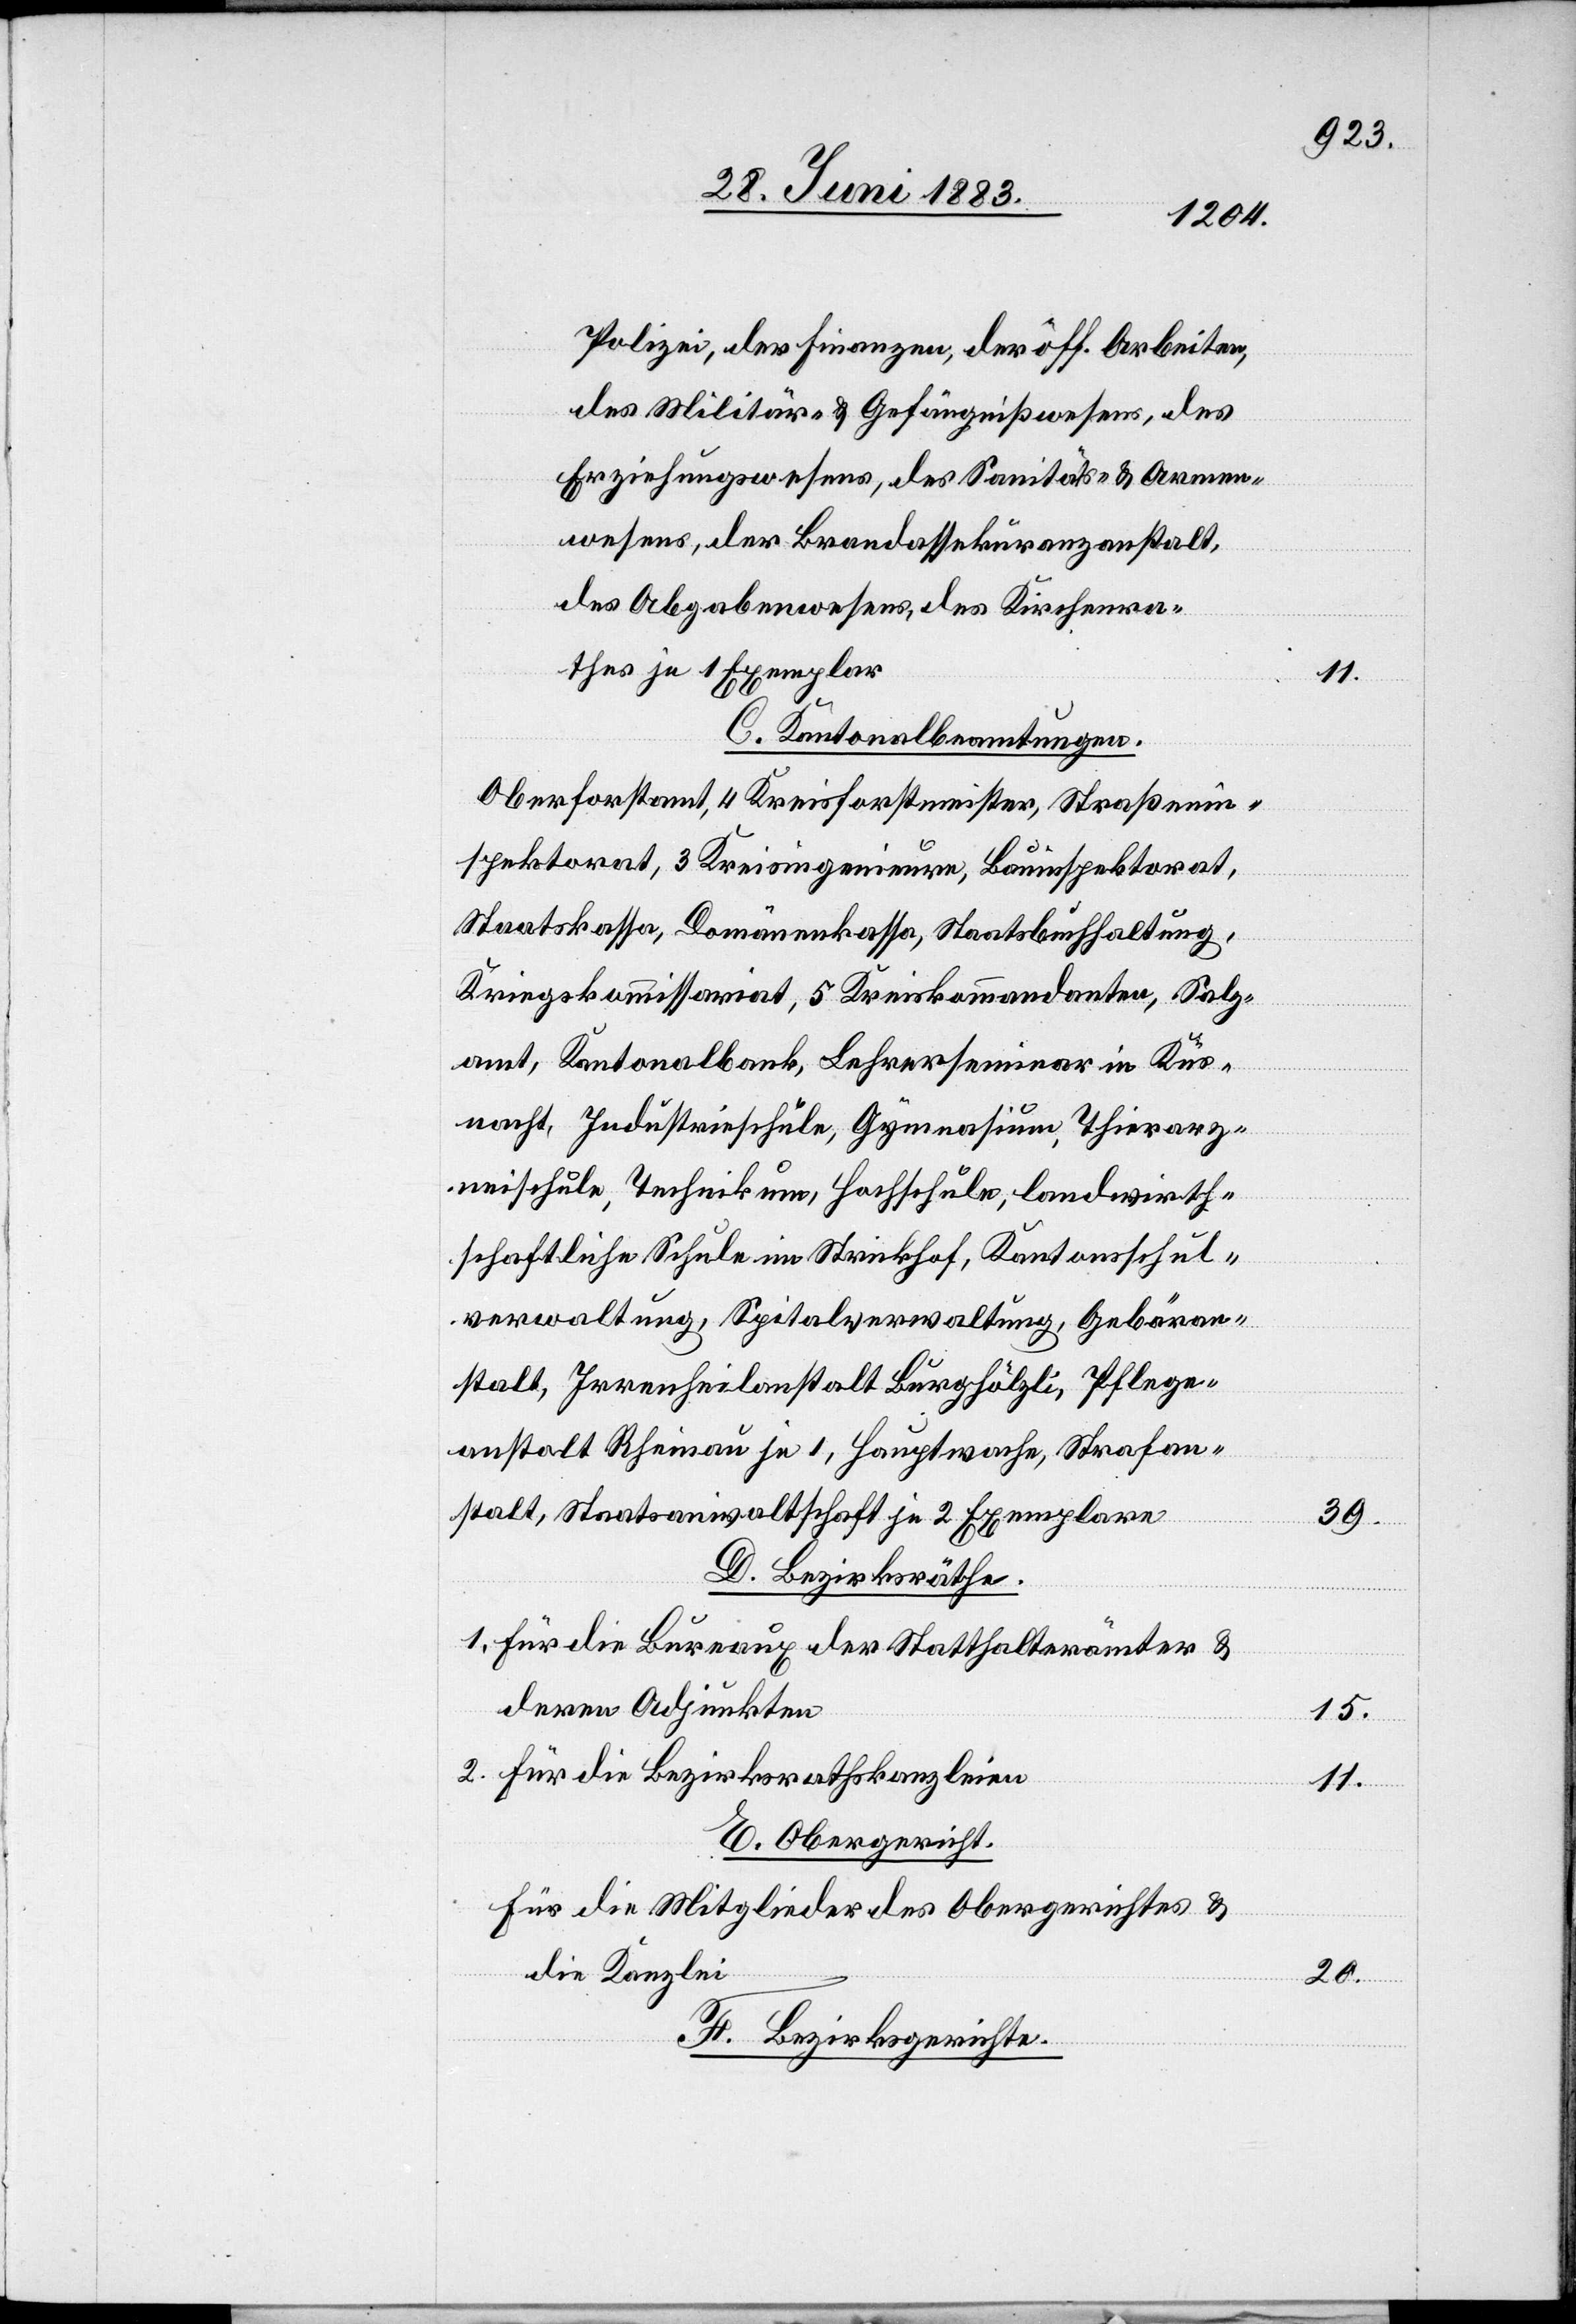
Polizei, der Finanzen, der öff. Arbeiten,
des Militärs- & Gefängnißwesens, des
Erziehungswesens, des Sanitäts- & Armen¬
wesens, der Brandassekuranzanstalt,
des Abgabenwesens, des Kirchenra¬
thes je 1 Exemplar
C. Kantonalbeamtungen.
Oberforstamt, 4 Kreisforstmeister, Straßenin¬
spektorat, 3 Kreisingenieure, Bauinspektorat,
Staatskassa, Domänenkasse, Staatsbuchhaltung,
Kriegskommissariat, 5 Kreiskommandanten, Salz¬
amt, Kantonalbank, Lehrerseminar in Küs¬
nacht, Industrieschule, Gymnasium, Thierarz¬
neischule, Technikum, Hochschule, landwirth¬
schaftliche Schule im Strickhof, Kantonsschul¬
verwaltung, Spitalverwaltung, Gebäran¬
stalt, Irrenheilanstalt Burghölzli, Pflege¬
anstalt Rheinau je 1, Hauptwache, Strafan¬
stalt, Staatsanwaltschaft je 2 Exemplare
D. Bezirksräthe.
Für die Bureaux der Statthalterämter &
deren Adjunkten
Für die Bezirksrathskanzleien
E. Obergericht.
Für die Mitglieder des Obergerichtes &
die Kanzlei
F. Bezirksgerichte.

1.

39.
15.
11.
20.